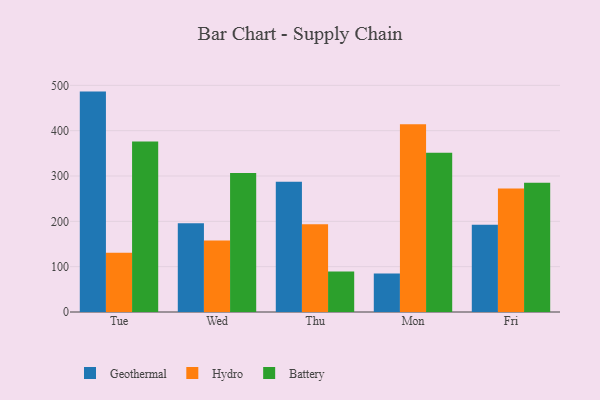
{"axis": {"x": "Day", "y": "Backlog"}, "legend": ["Battery", "Geothermal", "Hydro"], "data": [{"x": "Tue", "y": 486.2, "type": "Geothermal"}, {"x": "Tue", "y": 130.9, "type": "Hydro"}, {"x": "Tue", "y": 376.0, "type": "Battery"}, {"x": "Wed", "y": 195.9, "type": "Geothermal"}, {"x": "Wed", "y": 158.0, "type": "Hydro"}, {"x": "Wed", "y": 306.8, "type": "Battery"}, {"x": "Thu", "y": 287.5, "type": "Geothermal"}, {"x": "Thu", "y": 193.5, "type": "Hydro"}, {"x": "Thu", "y": 89.3, "type": "Battery"}, {"x": "Mon", "y": 84.7, "type": "Geothermal"}, {"x": "Mon", "y": 414.0, "type": "Hydro"}, {"x": "Mon", "y": 351.5, "type": "Battery"}, {"x": "Fri", "y": 192.3, "type": "Geothermal"}, {"x": "Fri", "y": 272.6, "type": "Hydro"}, {"x": "Fri", "y": 285.2, "type": "Battery"}]}